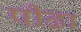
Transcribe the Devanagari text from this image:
पीढा